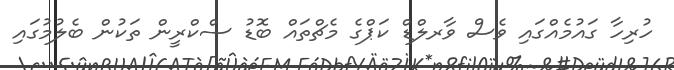
ހުރިހާ ގައުމެއްގައި ވެސް ވާރލްޑް ކަޕްގެ މެޗްތައް ބޮޑު ސްކްރީން ތަކުން ބެލުމުގައި